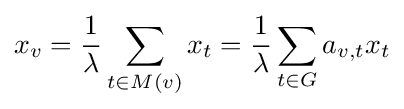
x_{v}={\frac {1}{\lambda }}\sum _{t\in M(v)}x_{t}={\frac {1}{\lambda }}\sum _{t\in G}a_{v,t}x_{t}